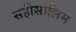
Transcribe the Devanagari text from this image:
सहीसालिम